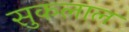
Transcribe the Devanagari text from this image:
सुकलाल